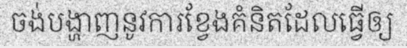
ចង់បង្ហាញនូវការខ្វែងគំនិតដែលធ្វើឲ្យ